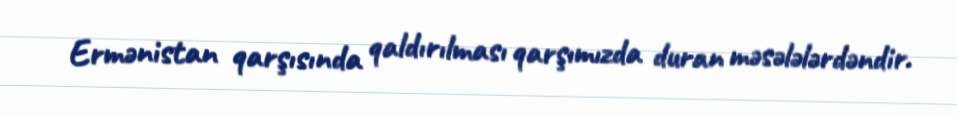
Ermənistan qarşısında qaldırılması qarşımızda duran məsələlərdəndir.